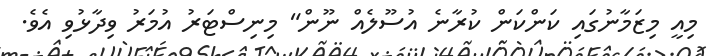
މިއީ މިޒަމާނުގައި ކަންކަން ކުރާނެ އުސޫލެއް ނޫން" މިނިސްޓަރު އުމަރު ވިދާޅުވި އެވެ.